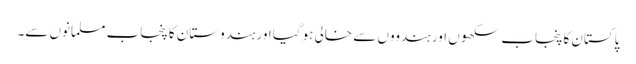
پاکستان کا پنجاب سکھوں اور ہندووں سے خالی ہوگیا اور ہندوستان کا پنجاب مسلمانوں سے۔